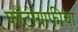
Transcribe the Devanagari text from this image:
फाँटोग्राफीचा